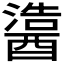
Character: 𬪵